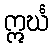
ဣင်္ဃ